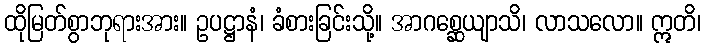
ထိုမြတ်စွာဘုရားအား။ ဥပဋ္ဌာနံ၊ ခံစားခြင်းသို့။ အာဂစ္ဆေယျာသိ၊ လာသလော။ ဣတိ၊